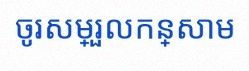
ចូរសម្រួលកន្សោម